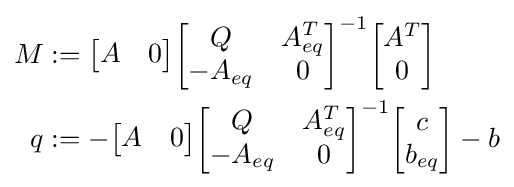
{\begin{aligned}M&:={\begin{bmatrix}A&0\end{bmatrix}}{\begin{bmatrix}Q&A_{eq}^{T}\\-A_{eq}&0\end{bmatrix}}^{-1}{\begin{bmatrix}A^{T}\\0\end{bmatrix}}\\q&:=-{\begin{bmatrix}A&0\end{bmatrix}}{\begin{bmatrix}Q&A_{eq}^{T}\\-A_{eq}&0\end{bmatrix}}^{-1}{\begin{bmatrix}c\\b_{eq}\end{bmatrix}}-b\end{aligned}}